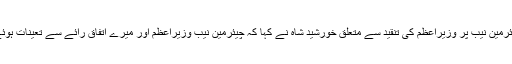
چیئرمین نیب پر وزیراعظم کی تنقید سے متعلق خورشید شاہ نے کہا کہ چیئرمین نیب وزیراعظم اور میرے اتفاق رائے سے تعینات ہوئے۔